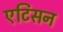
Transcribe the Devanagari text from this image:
एटिसन